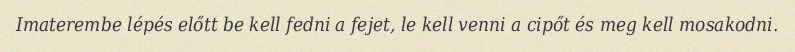
Imaterembe lépés előtt be kell fedni a fejet, le kell venni a cipőt és meg kell mosakodni.